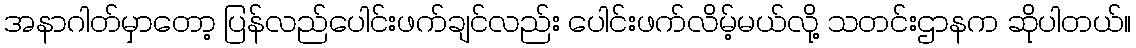
အနာဂါတ်မှာတော့ ပြန်လည်ပေါင်းဖက်ချင်လည်း ပေါင်းဖက်လိမ့်မယ်လို့ သတင်းဌာနက ဆိုပါတယ်။